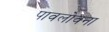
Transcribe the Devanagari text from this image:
पावलोवना